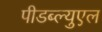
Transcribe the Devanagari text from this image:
पीडब्ल्युएल